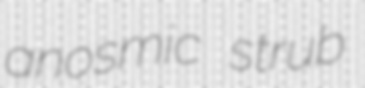
anosmic strub